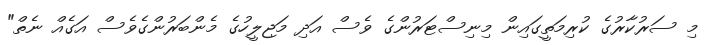
މި ސަރުކާރުގެ ކުރިމަތީގައިން މިނިސްޓަރުންގެ ވެސް އަދި މަޖިލީހުގެ މެންބަރުންގެވެސް އަގެއް ނެތް"